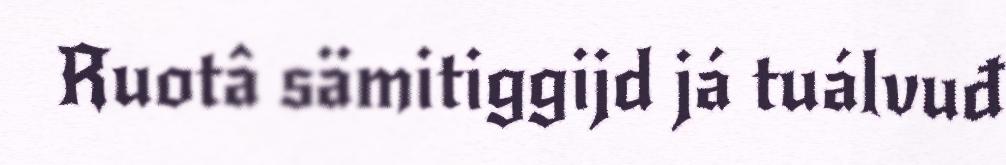
Ruotâ sämitiggijd já tuálvuđ